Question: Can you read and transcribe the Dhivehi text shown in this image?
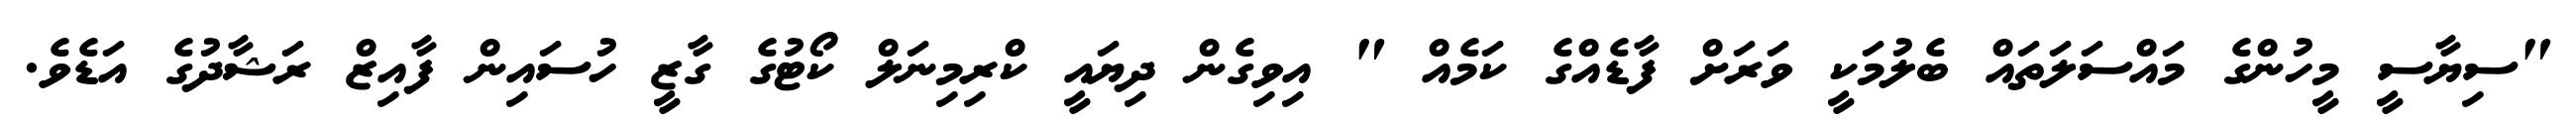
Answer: "ސިޔާސީ މީހުންގެ މައްސަލަތައް ބެލުމަކީ ވަރަށް ފާޑެއްގެ ކަމެއް " އިވިގެން ދިޔައީ ކްރިމިނަލް ކޯޓުގެ ގާޒީ ހުސައިން ފާއިޒް ރަޝާދުގެ އަޑެވެ.